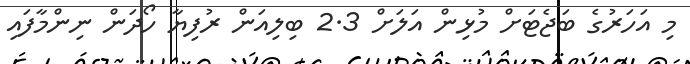
މި އަހަރުގެ ބަޖެޓަށް މުޅިން އަލަށް 2.3 ބިލިއަން ރުފިޔާ ހޯދަން ނިންމާފައި